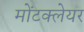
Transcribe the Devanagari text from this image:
मोंटक्लेयर